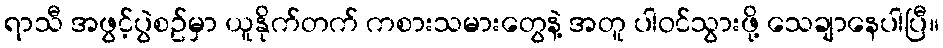
ရာသီ အဖွင့်ပွဲစဥ်မှာ ယူနိုက်တက် ကစားသမားတွေနဲ့ အတူ ပါဝင်သွားဖို့ သေချာနေပါပြီ။